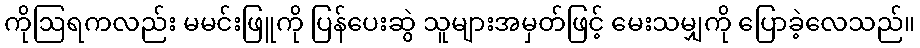
ကိုဩရကလည်း မမင်းဖြူကို ပြန်ပေးဆွဲ သူများအမှတ်ဖြင့် မေးသမျှကို ပြောခဲ့လေသည်။